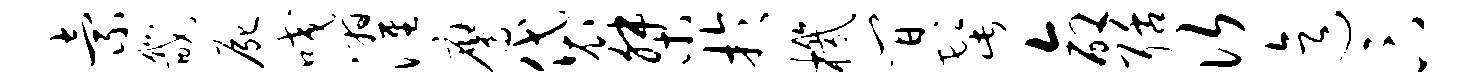
索畿尸咬濯鹰袋桀于机间髭命聒次迄卞